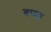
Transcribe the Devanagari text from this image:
बप्‍पा